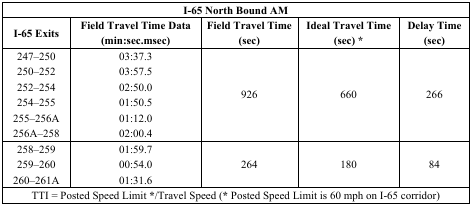
<table><thead><tr><td colspan="5"><b>I-65 North Bound AM</b></td></tr><tr><td><b>I-65 Exits</b></td><td><b>Field Travel Time Data (min:sec.msec)</b></td><td><b>Field Travel Time (sec)</b></td><td><b>Ideal Travel Time (sec) *</b></td><td><b>Delay Time (sec)</b></td></tr></thead><tbody><tr><td>247–250</td><td>03:37.3</td><td rowspan="6">926</td><td rowspan="6">660</td><td rowspan="6">266</td></tr><tr><td>250–252</td><td>03:57.5</td></tr><tr><td>252–254</td><td>02:50.0</td></tr><tr><td>254–255</td><td>01:50.5</td></tr><tr><td>255–256A</td><td>01:12.0</td></tr><tr><td>256A–258</td><td>02:00.4</td></tr><tr><td>258–259</td><td>01:59.7</td><td rowspan="3">264</td><td rowspan="3">180</td><td rowspan="3">84</td></tr><tr><td>259–260</td><td>00:54.0</td></tr><tr><td>260–261A</td><td>01:31.6</td></tr><tr><td colspan="5">TTI = Posted Speed Limit */Travel Speed (* Posted Speed Limit is 60 mph on I-65 corridor)</td></tr></tbody></table>